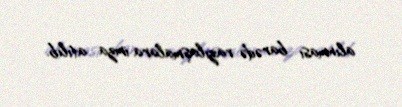
alınması barədə razılaşmalara imza atılıb.